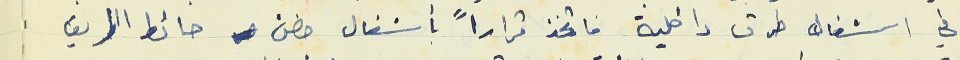
في اشغال طرق داخلية فاتخذ قراراً بأشغال حضن حائط الطريق